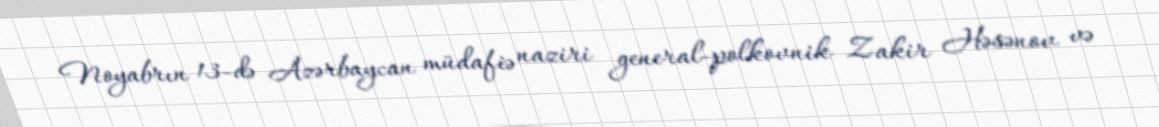
Noyabrın 13-də Azərbaycan müdafiə naziri general-polkovnik Zakir Həsənov və